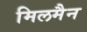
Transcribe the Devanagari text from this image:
मिलमैन